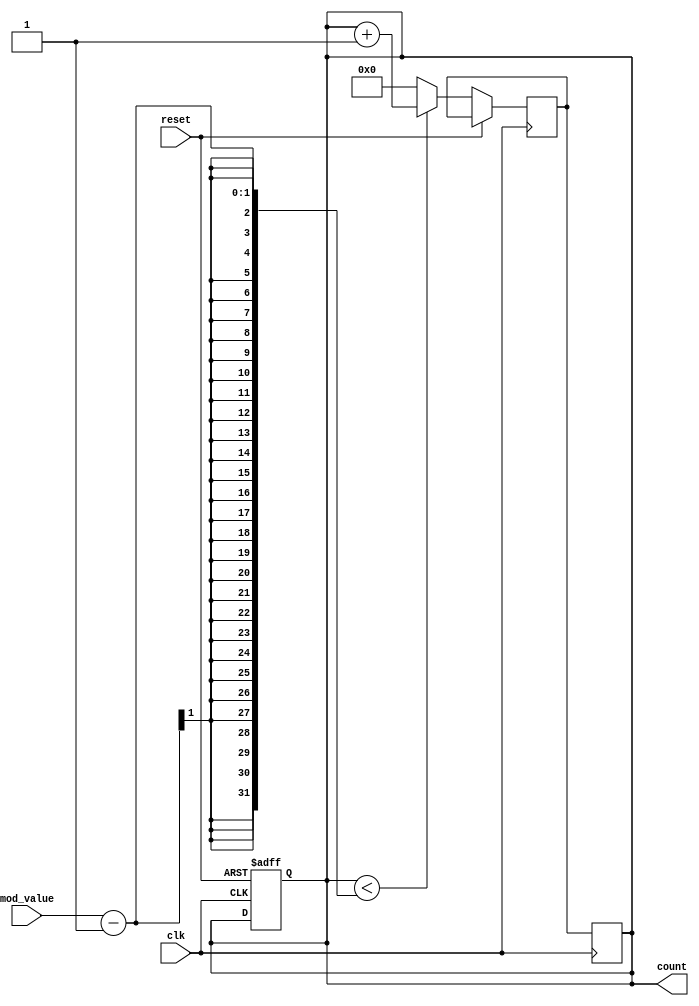
module Modulus_Counter (
    input wire clk,
    input wire reset,
    input wire mod_value,
    output reg [3:0] count
);

reg [3:0] next_count;

always @(posedge clk or posedge reset) begin
    if (reset) begin
        count <= 4'b0000;
    end else begin
        case(count)
            4'b0000: begin
                if (count < mod_value - 1) begin
                    next_count <= count + 1;
                end else begin
                    next_count <= 4'b0000;
                end
            end
            default: begin
                if (count < mod_value - 1) begin
                    next_count <= count + 1;
                end else begin
                    next_count <= 4'b0000;
                end
            end
        endcase
    end
end

always @(posedge clk) begin
    count <= next_count;
end

endmodule